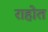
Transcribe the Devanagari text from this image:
राहोत